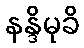
နန္ဒိမုခိ